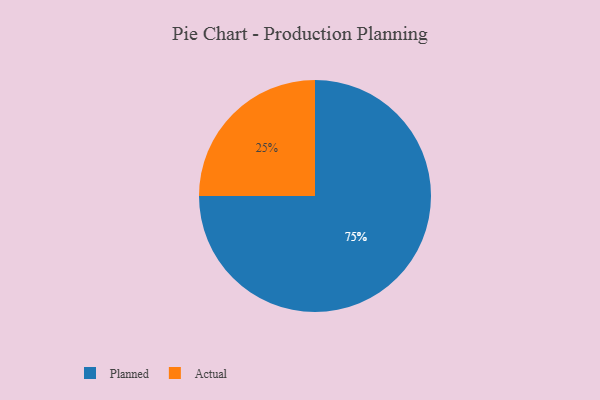
{"axis": {"x": "Category", "y": "Percentage"}, "legend": ["Actual", "Planned"], "data": [{"x": "Actual", "y": 25, "type": "Actual"}, {"x": "Planned", "y": 75, "type": "Planned"}]}